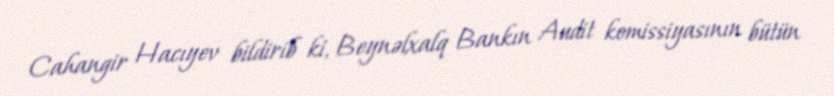
Cahangir Hacıyev bildirib ki, Beynəlxalq Bankın Audit komissiyasının bütün